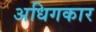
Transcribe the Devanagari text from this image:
अधिगकार